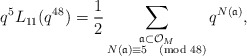
\begin{align*} q^{5} L_{11}(q^{48}) = \frac{1}{2} \sum_{\substack{\frak{a} \subset \mathcal{O}_{M} \\ N(\frak{a}) \equiv 5 \pmod{48}}} q^{N(\frak{a})},\end{align*}